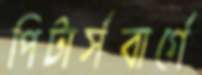
পিটার্সবার্গে